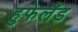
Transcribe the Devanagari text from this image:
हुफेलैंड